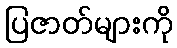
ပြဇာတ်များကို